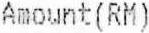
AMOUNT(RM)